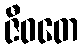
ဇီဝတေ